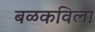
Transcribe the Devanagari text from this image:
बळकविला